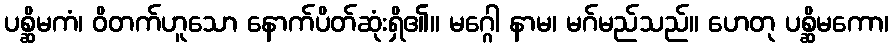
ပစ္ဆိမကံ၊ ဝိတက်ဟူသော နောက်ပိတ်ဆုံးရှိ၏။ မဂ္ဂေါ နာမ၊ မဂ်မည်သည်။ ဟေတု ပစ္ဆိမကော၊